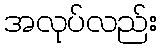
အလုပ်လည်း